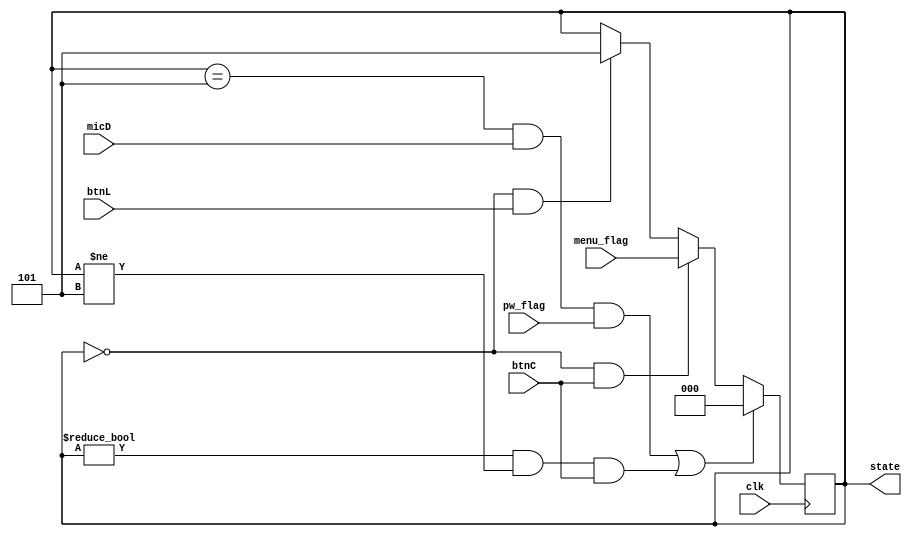
`timescale 1ns / 1ps
//////////////////////////////////////////////////////////////////////////////////
// Company: 
// Engineer: 
// 
// Design Name: 
// Module Name: changestate
// Project Name: 
// Target Devices: 
// Tool Versions: 
// Description: 
// 
// Dependencies: 
// 
// Revision:
// Revision 0.01 - File Created
// Additional Comments:
// 
//////////////////////////////////////////////////////////////////////////////////


module changestate(
    input clk, btnC, btnL, micD, pw_flag,
    input [2:0] menu_flag, // menu flag
    output reg [2:0] state = 5
    );
    
    always @ (posedge clk) begin
        // If in menu when pw_flag received, change to state 5
        // If btnC is pressed, and in menu, change to menu flag, else change to lockscreen.
//        state <= state == 5 ? (pw_flag && micD) ? 0 : !state ? btnL ? 5 : btnC ?  menu_flag : state : 5 : state;
//        state <= btnC ? (!state ? menu_flag : 0) : state;
          if ((state == 5 && micD && pw_flag) || ((state != 0 && state != 5) && btnC))
            state <= 0;
          else if (!state && btnC)
            state <= menu_flag;
          else if (!state && btnL)
            state <= 5;
          else 
            state <= state;
    end
    // : 2
endmodule